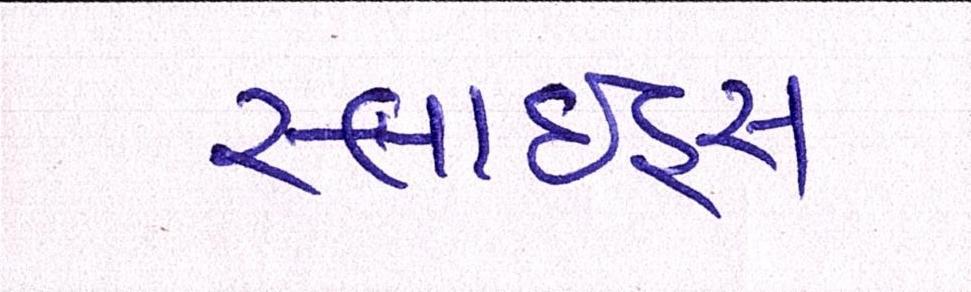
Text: સ્લાઇડ્સ